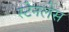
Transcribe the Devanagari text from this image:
स्‍टेनलेस